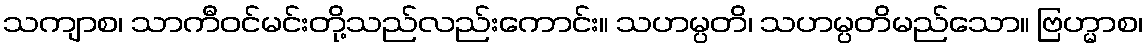
သကျာစ၊ သာကီဝင်မင်းတို့သည်လည်းကောင်း။ သဟမ္ပတိ၊ သဟမ္ပတိမည်သော။ ဗြဟ္မာစ၊